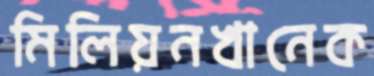
মিলিয়নখানেক